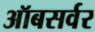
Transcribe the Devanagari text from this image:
ऑबसर्वर